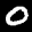
Label: 0